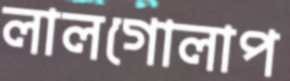
লালগোলাপ